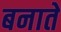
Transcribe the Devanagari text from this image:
बनातें